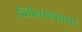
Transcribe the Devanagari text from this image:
जिलाहसन